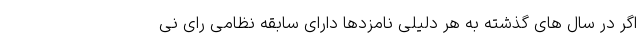
اگر در سال های گذشته به هر دلیلی نامزدها دارای سابقه نظامی رای نی